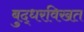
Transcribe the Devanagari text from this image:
बुद्धरविखत